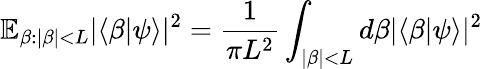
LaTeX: \mathbb{E}_{\beta:|\beta|<L}|\langle\beta|\psi\rangle|^{2}=\frac{1}{\pi L^{2}}\int_{|\beta|<L}d\beta|\langle\beta|\psi\rangle|^{2}